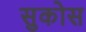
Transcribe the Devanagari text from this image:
सुकोस